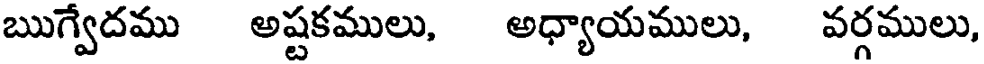
ఋగ్వేదము అష్టకములు, అధ్యాయములు, వర్గములు,